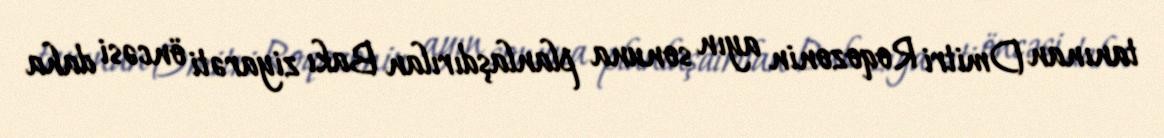
tanınan Dmitri Roqozonin ayın sonuna planlaşdırılan Bakı ziyarəti öncəsi daha